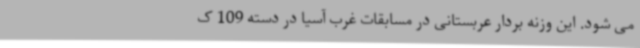
می شود. این وزنه بردار عربستانی در مسابقات غرب آسیا در دسته 109 ک